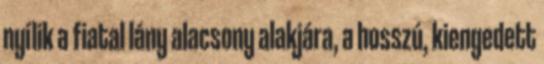
nyílik a fiatal lány alacsony alakjára, a hosszú, kiengedett